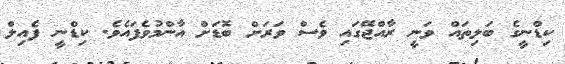
ކިޑްނީގެ ބަލިތައް ވަނީ ރާއްޖޭގައި ވެސް ވަރަށް ބޮޑަށް އާންމުވެފައެވެ. ކިޑްނީ ފެއިލް